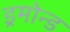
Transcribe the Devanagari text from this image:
ड्रमोन्ड